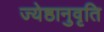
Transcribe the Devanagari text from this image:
ज्येष्ठानुवृति